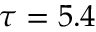
\tau = 5 . 4